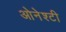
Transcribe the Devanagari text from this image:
ओनेश्टी